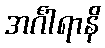
အင်္ဂါရာနိ